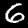
Digit: 6